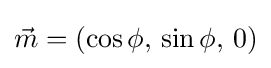
{\vec {m}}=(\cos \phi ,\,\sin \phi ,\,0)